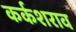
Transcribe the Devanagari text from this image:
कर्कशराव